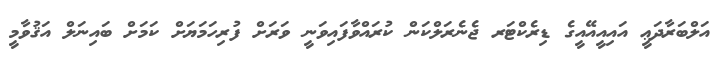
އަލްބަރާދަޢީ އައިއީއޭއީގެ ޑިރެކްޓަރ ޖެނެރަލްކަން ކުރައްވާފައިވަނީ ވަރަށް ފުރިހަމަޔަށް ކަމަށް ބައިނަލް އަޤުވާމީ